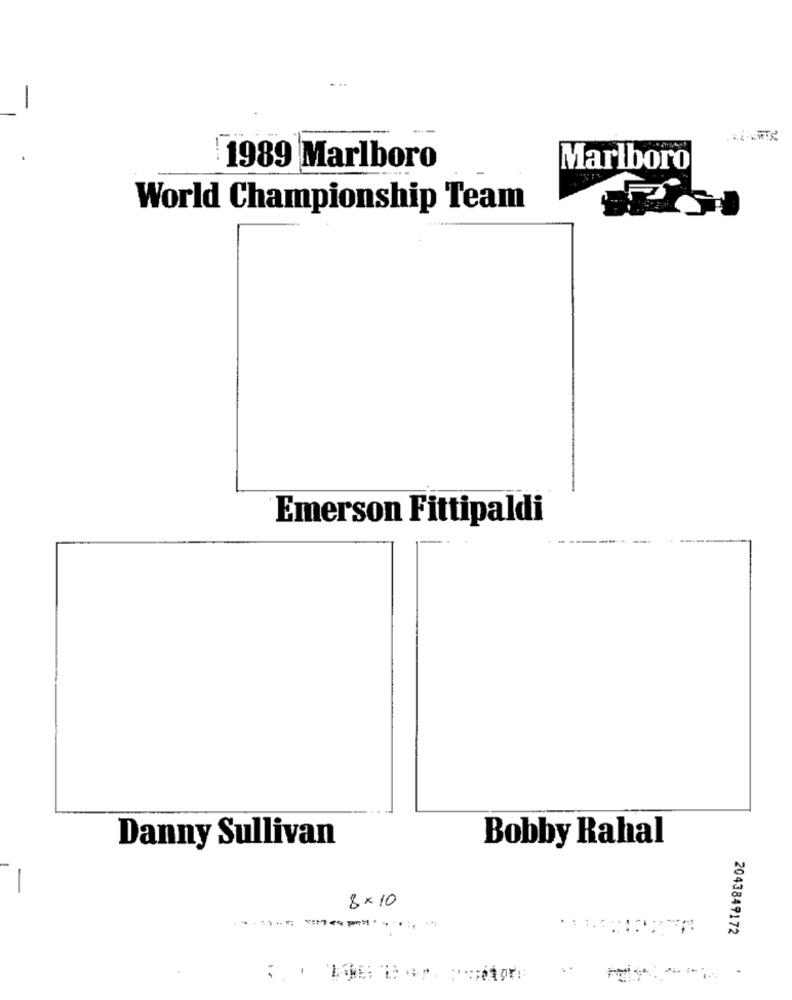
----
1989 Marlboro
Marlboro
F
World Championship Team
Emerson Fittipaldi
Danny Sullivan
Bobby Rahal
8×10
2043849172